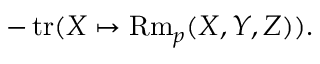
- \operatorname { t r } ( X \mapsto \operatorname { R m } _ { p } ( X , Y , Z ) ) .